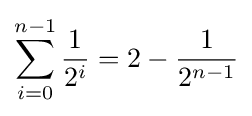
\sum _{i=0}^{n-1}{\frac {1}{2^{i}}}=2-{\frac {1}{2^{n-1}}}